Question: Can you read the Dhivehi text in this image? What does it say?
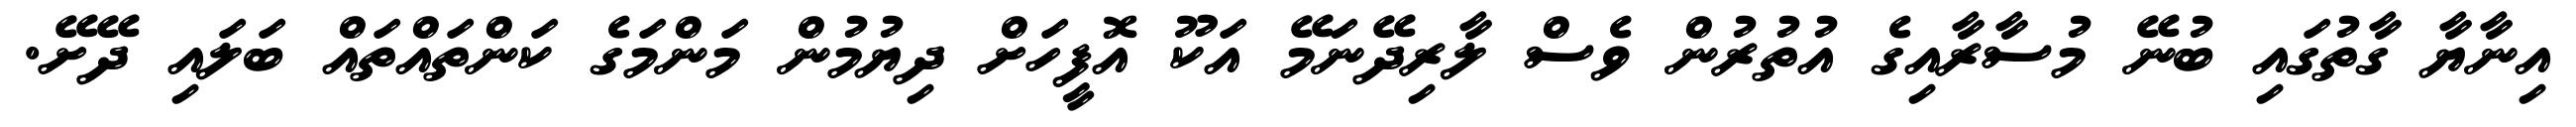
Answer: އިނާޔާ ގާތުގައި ބުނޭ މުސާރާއިގެ އުތުރުން ވެސް ލާރިދޭނަމޭ އަކޫ އޮފީހަށް ދިޔުމުން މަންމަގެ ކަންތައްތައް ބަލައި ދޭށޭ.